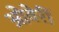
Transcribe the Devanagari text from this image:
ओवेर्री